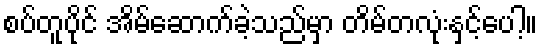
စပ်တူပိုင် အိမ်ဆောက်ခဲ့သည်မှာ တိမ်တလုံးနှင့်ပေါ့။